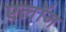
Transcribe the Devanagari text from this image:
एलॉन